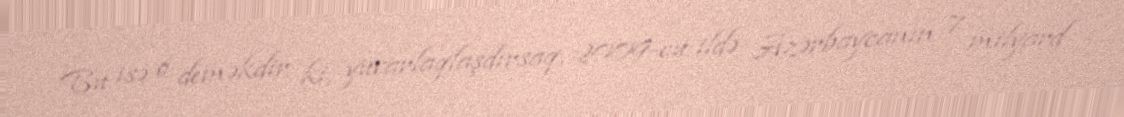
Bu isə o deməkdir ki, yuvarlaqlaşdırsaq, 2009-cu ildə Azərbaycanın 7 milyard